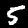
Digit: 5